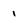
Character: i